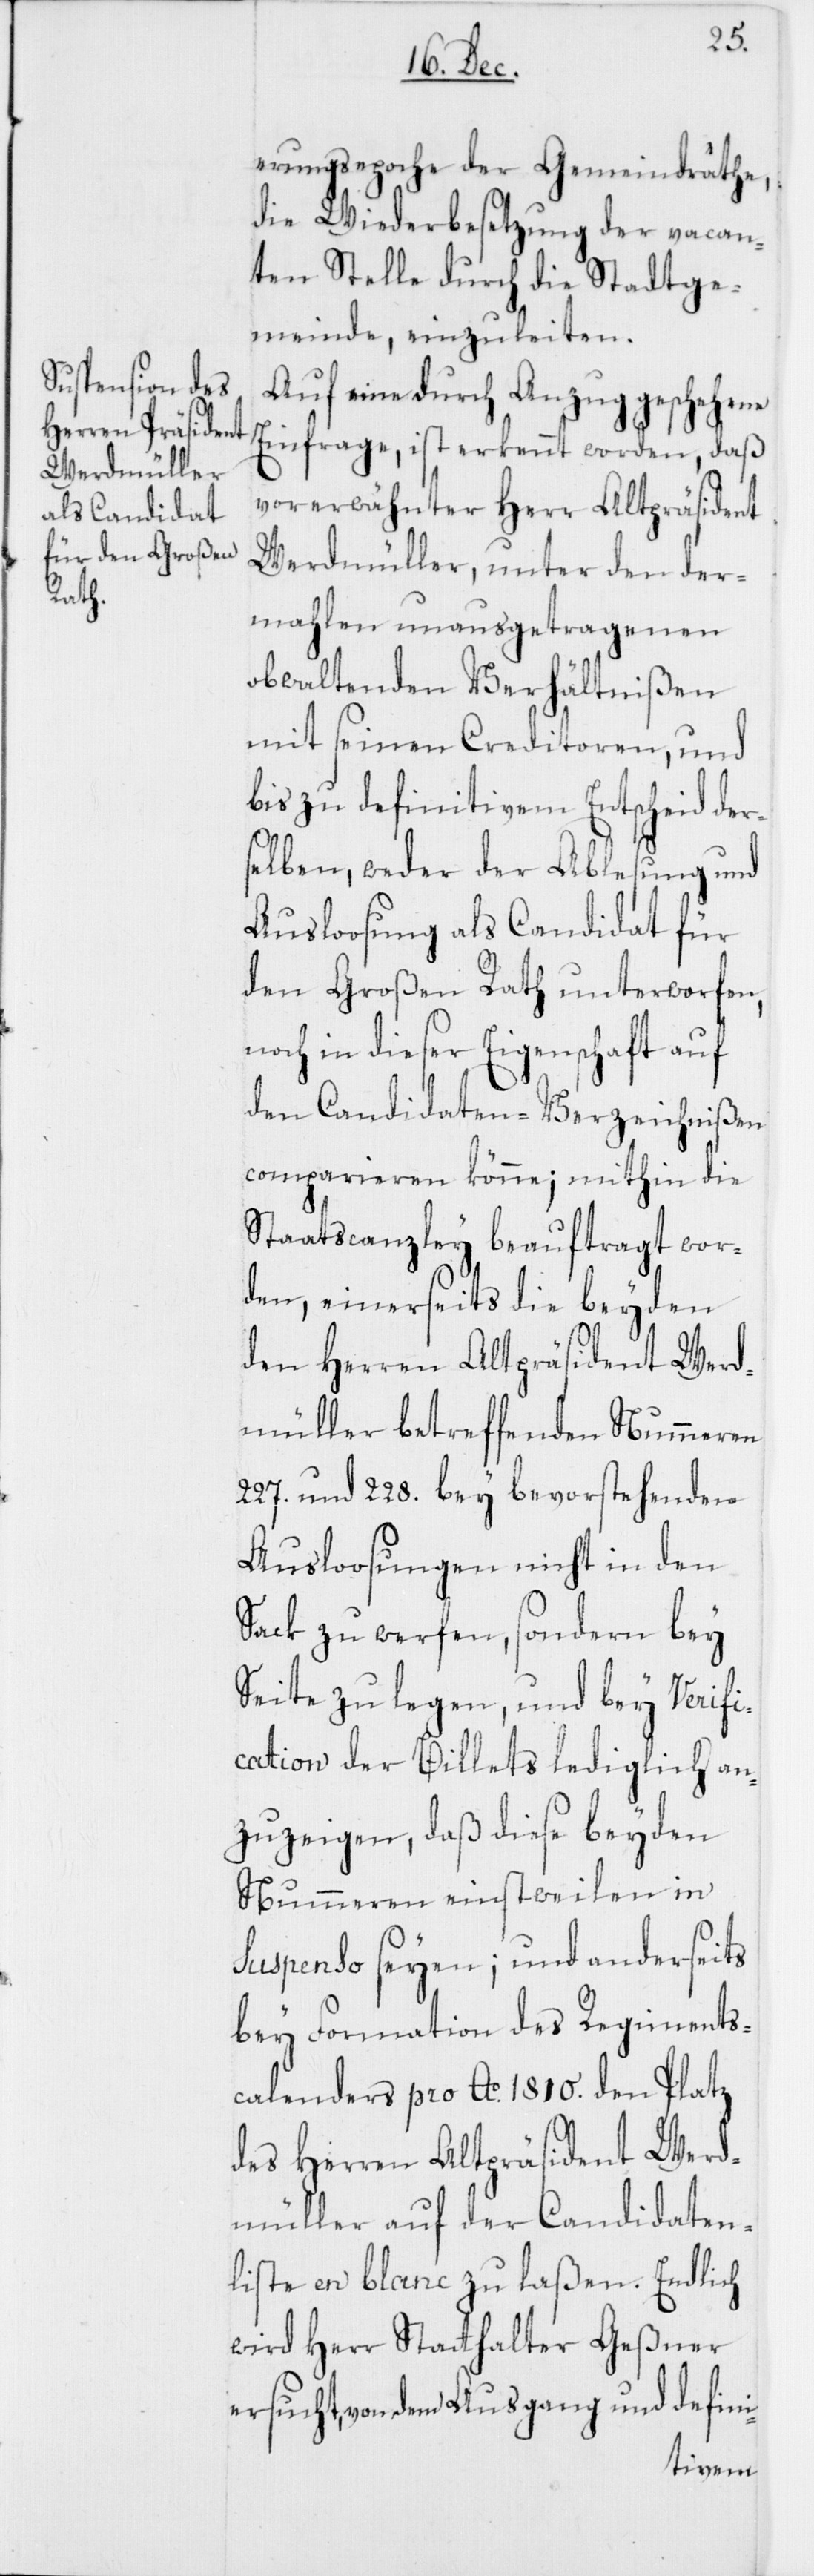
erungsepoche der Gemeindräthe,
die Wiederbesetzung der vacan¬
ten Stelle durch die Stadtge¬
meinde, einzuleiten.
Auf eine durch Anzug geschehene
Einfrage, ist erkennt worden, daß
vorerwähnter Herr Altpräsident
Werdmüller, unter den der¬
mahlen unausgetragenen
obwaltenden Verhältnißen
mit seinen Creditoren, und
bis zu definitivem Entscheid ders¬
elben, weder der Ablesung und
Auslosung als Candidat für
den Großen Rath unterworfen,
noch in dieser Eigenschaft auf
den Candidaten-Verzeichnißen
comparieren könne; mithin die
Staatscanzley beauftragt wor¬
den, einerseits die beyden
den Herren Altpräsident Werd¬
müller betreffenden Nummeren
227. und 228. bey bevorstehenden
Ausloosungen nicht in den
Sack zu werfen, sondern bey
Seite zu legen, und bey Verifi¬
cation des Billets lediglich an¬
zuzeigen, daß diese beyden
Nummeren einstweilen in
Suspenso seyen; und anderseits
bey Formation des Regiments¬
calenders pro Ao. 1810. den Platz
des Herren Altpräsident Werd¬
müller auf der Canidaten¬
liste en blanc zu laßen. Endlich
wird Herr Statthalter Geßner
ersucht, von dem Ausgang und defini-